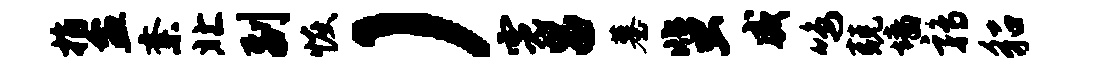
指盆紊北副恢）霓吕墓蜚威鸣兢墙鹑貂